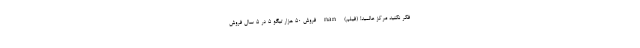
فکر نکنید مرکز عالمید! (فیلم) nan فروش 50 هزار تیگو 5 در 5 سال فروش